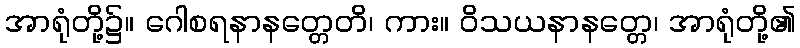
အာရုံတို့၌။ ဂေါစရနာနတ္တေတိ၊ ကား။ ဝိသယနာနတ္တေ၊ အာရုံတို့၏